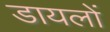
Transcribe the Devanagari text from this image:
डायलों